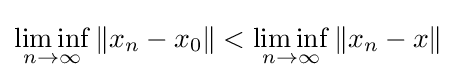
\liminf _{n\to \infty }\|x_{n}-x_{0}\|<\liminf _{n\to \infty }\|x_{n}-x\|